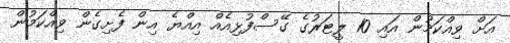
އަށް ވިއްކަމުން އައި 10 ލީޓަރުގެ ގޭސްފުޅިއެއް އިއްޔެ އިން ފެށިގެން ވިއްކަމުން